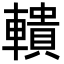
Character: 𨎨